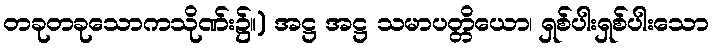
တခုတခုသောကသိုဏ်း၌။) အဋ္ဌ အဋ္ဌ သမာပတ္တိယော၊ ရှစ်ပါးရှစ်ပါးသော